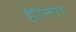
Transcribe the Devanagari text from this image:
होताा